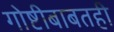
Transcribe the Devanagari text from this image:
गोष्टीबाबतही